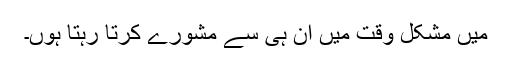
میں مشکل وقت میں اِن ہی سے مشورے کرتا رہتا ہوں۔